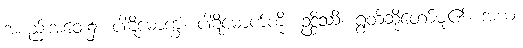
အစည်းအဝေး၌။ ပါဋိမောက္ခံ၊ ပါဋိမောက်ကို။ ဥဒ္ဒိဿိ၊ ရွတ်ဆိုတော်မူ၏။ အယံ၊